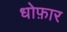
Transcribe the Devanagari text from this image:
धोफ़ार